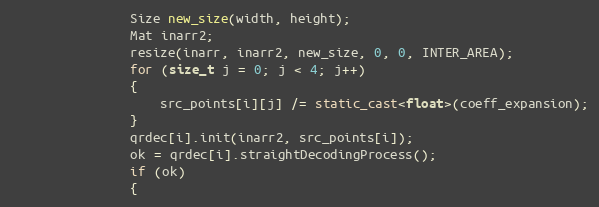
Language: C++
                Size new_size(width, height);
                Mat inarr2;
                resize(inarr, inarr2, new_size, 0, 0, INTER_AREA);
                for (size_t j = 0; j < 4; j++)
                {
                    src_points[i][j] /= static_cast<float>(coeff_expansion);
                }
                qrdec[i].init(inarr2, src_points[i]);
                ok = qrdec[i].straightDecodingProcess();
                if (ok)
                {